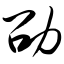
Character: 劭